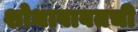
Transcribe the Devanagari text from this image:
शोधाबाबतची